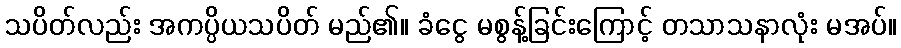
သပိတ်လည်း အကပ္ပိယသပိတ် မည်၏။ ခံငွေ မစွန့်ခြင်းကြောင့် တသာသနာလုံး မအပ်။